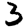
Digit: 3